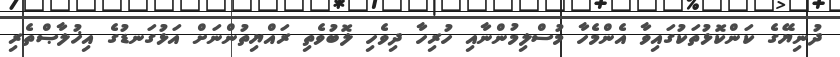
ދުނިޔޭގެ ކަންކޮޅުތަކުގައިވާ އެންމެހާ މުސްލިމުންނާއި ހުރިހާ ދިވެހި ލޮބުވެތި ރައްޔިތުންނަށް އަޅުގަނޑުގެ އިޚުލާޞްތެރި